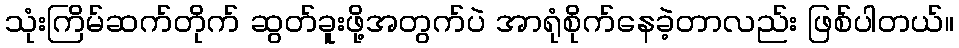
သုံးကြိမ်ဆက်တိုက် ဆွတ်ခူးဖို့အတွက်ပဲ အာရုံစိုက်နေခဲ့တာလည်း ဖြစ်ပါတယ်။